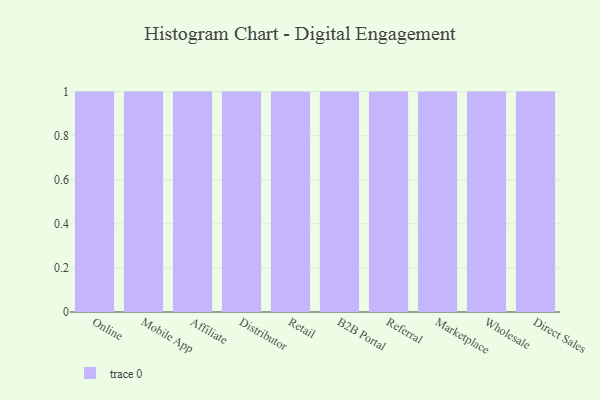
{"axis": {"x": "Channel", "y": "Market Share (%)"}, "legend": [""], "data": [{"x": "Online", "y": 29, "type": ""}, {"x": "Mobile App", "y": 72, "type": ""}, {"x": "Affiliate", "y": 85, "type": ""}, {"x": "Distributor", "y": 86, "type": ""}, {"x": "Retail", "y": 50, "type": ""}, {"x": "B2B Portal", "y": 94, "type": ""}, {"x": "Referral", "y": 29, "type": ""}, {"x": "Marketplace", "y": 35, "type": ""}, {"x": "Wholesale", "y": 88, "type": ""}, {"x": "Direct Sales", "y": 67, "type": ""}]}